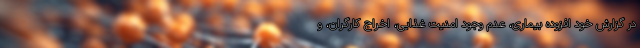
در گزارش خود افزوده بیماری، عدم وجود امنیت غذایی، اخراج کارگران، و